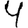
Digit: 4